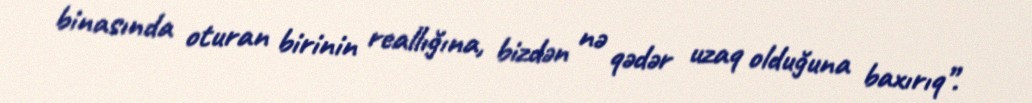
binasında oturan birinin reallığına, bizdən nə qədər uzaq olduğuna baxırıq”.